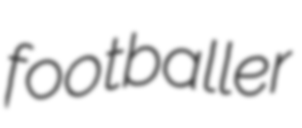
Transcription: footballer